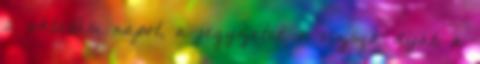
2 oktatási napot, a jegyzetet, a vizsga díját, a